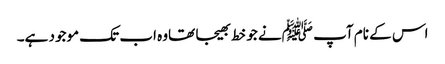
اس کے نام آپ ﷺنے جو خط بھیجا تھاوہ اب تک موجود ہے۔